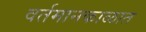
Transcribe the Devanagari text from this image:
वर्तमानकाळात